Investigations on Bengal jail dietaries - Number 37
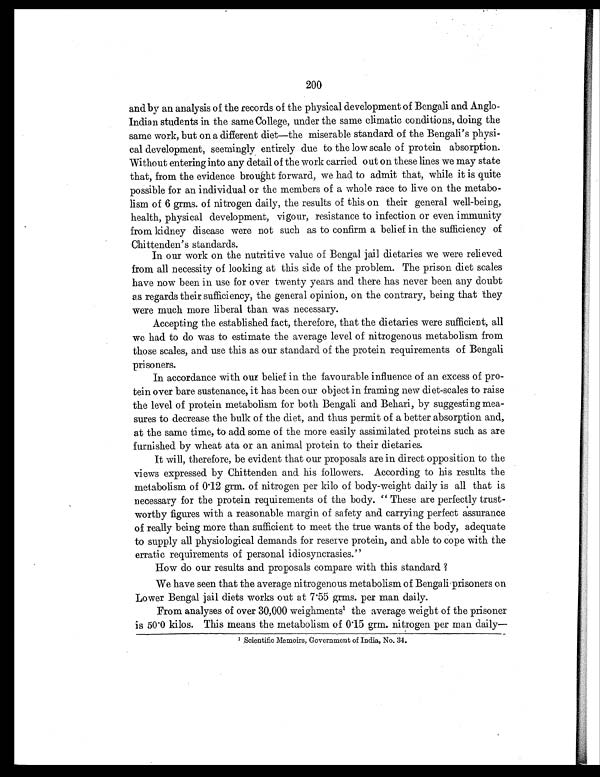
200
and by an analysis of the records of the physical development of Bengali and Anglo-
Indian students in the same College, under the same climatic conditions, doing the
same work, but on a different diet—the miserable standard of the Bengali's physi-
cal development, seemingly entirely due to the low scale of protein absorption.
Without entering into any detail of the work carried out on these lines we may state
that, from the evidence brought forward, we had to admit that, while it is quite
possible for an individual or the members of a whole race to live on the metabo-
lism of 6 grms. of nitrogen daily, the results of this on their general well-being,
health, physical development, vigour, resistance to infection or even immunity
from kidney disease were not such as to confirm a belief in the sufficiency of
Chittenden's standards.
In our work on the nutritive value of Bengal jail dietaries we were relieved
from all necessity of looking at this side of the problem. The prison diet scales
have now been in use for over twenty years and there has never been any doubt
as regards their sufficiency, the general opinion, on the contrary, being that they
were much more liberal than was necessary.
Accepting the established fact, therefore, that the dietaries were sufficient, all
we had to do was to estimate the average level of nitrogenous metabolism from
those scales, and use this as our standard of the protein requirements of Bengali
prisoners.
In accordance with our belief in the favourable influence of an excess of pro-
tein over bare sustenance, it has been our object in framing new diet-scales to raise
the level of protein metabolism for both Bengali and Behari, by suggesting mea-
sures to decrease the bulk of the diet, and thus permit of a better absorption and,
at the same time, to add some of the more easily assimilated proteins such as are
furnished by wheat ata or an animal protein to their dietaries.
It will, therefore, be evident that our proposals are in direct opposition to the
views expressed by Chittenden and his followers. According to his results the
metabolism of 0.12 grm. of nitrogen per kilo of body-weight daily is all that is
necessary for the protein requirements of the body. " These are perfectly trust-
worthy figures with a reasonable margin of safety and carrying perfect assurance
of really being more than sufficient to meet the true wants of the body, adequate
to supply all physiological demands for reserve protein, and able to cope with the
erratic requirements of personal idiosyncrasies."
How do our results and proposals compare with this standard ?
We have seen that the average nitrogenous metabolism of Bengali prisoners on
Lower Bengal jail diets works out at 7.55 grms. per man daily.
From analyses of over 30,000 weighments l the average weight of the prisoner
is 50.0 kilos. This means the metabolism of 0.15 grm. nitrogen per man daily—
1Scientific Memoirs, Government of India, No. 34.